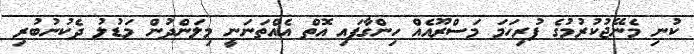
ކުނި މެނޭޖުކުރުމުގެ ފުރިހަމަ މަސްރޫއެއް ހިންގާފައި އޮތް އެއްތަނަނީ މިލަންދުން މަޑުލު ދެކުނުބުރި